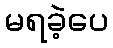
မရခဲ့ပေ